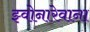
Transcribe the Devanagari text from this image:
झ्वोनारेवाना